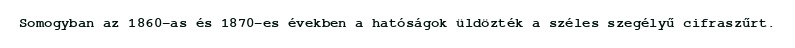
Somogyban az 1860-as és 1870-es években a hatóságok üldözték a széles szegélyű cifraszűrt.